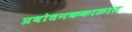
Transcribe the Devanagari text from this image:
प्रबोधनककाळात